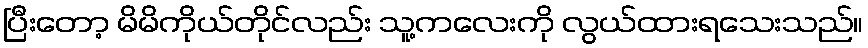
ပြီးတော့ မိမိကိုယ်တိုင်လည်း သူ့ကလေးကို လွယ်ထားရသေးသည်။